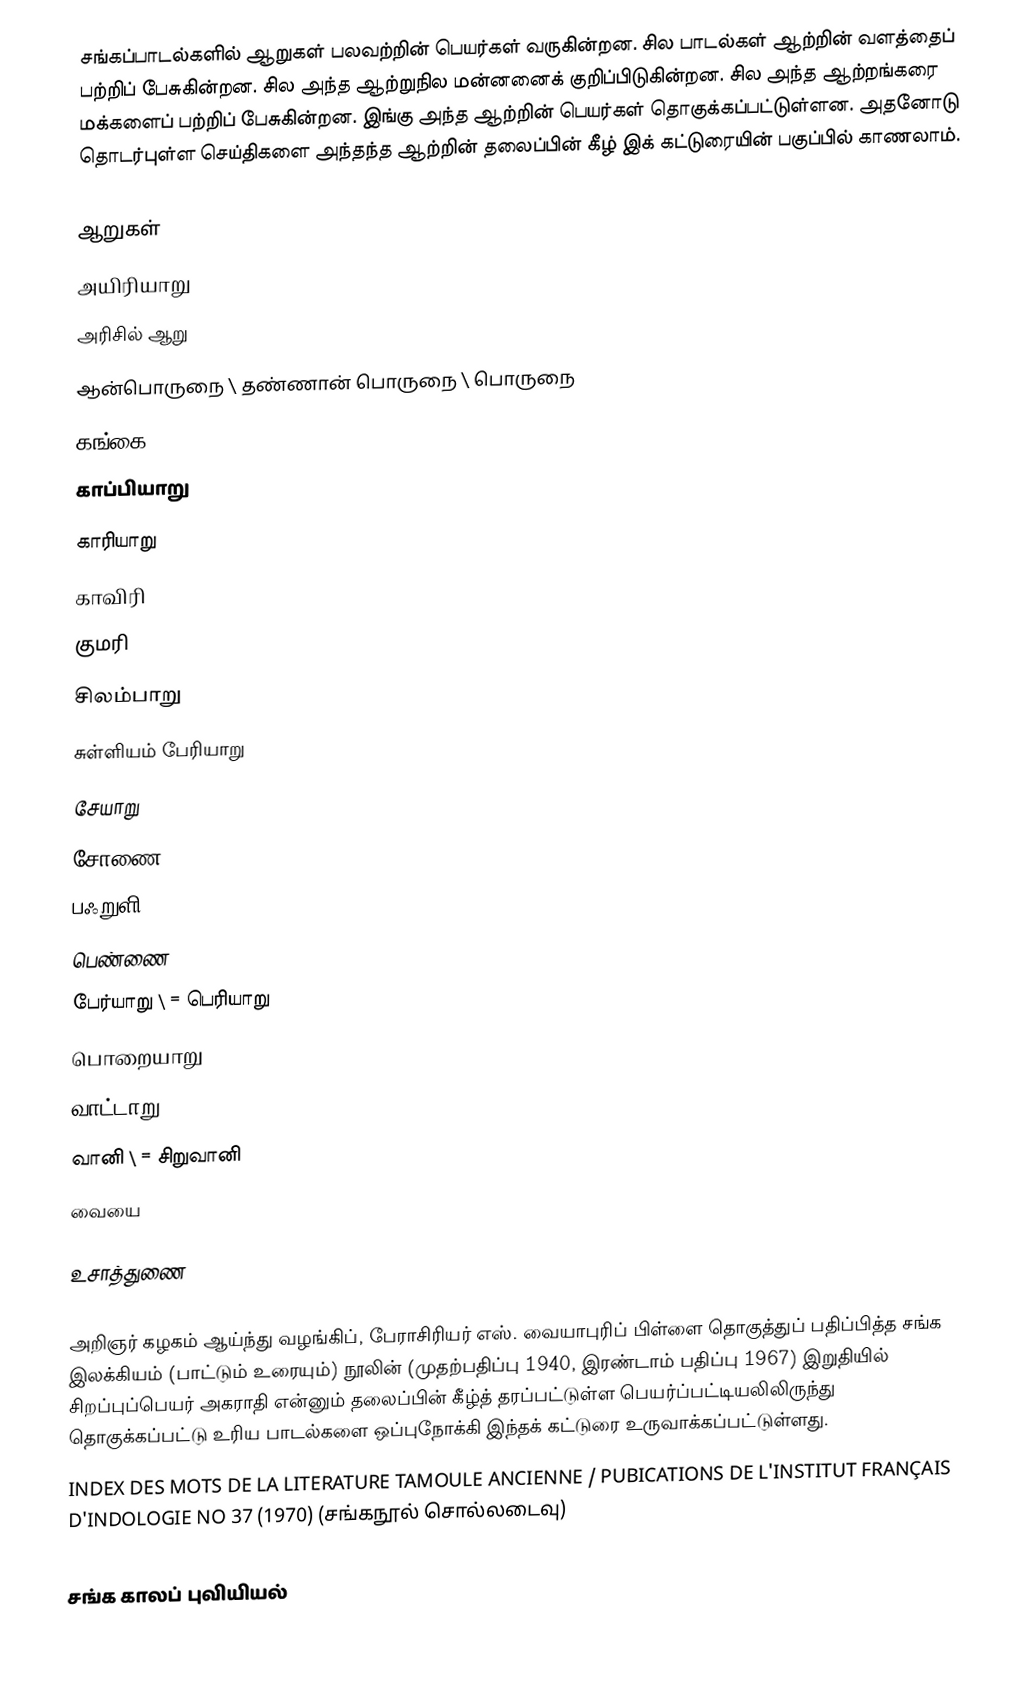
சங்கப்பாடல்களில் ஆறுகள் பலவற்றின் பெயர்கள் வருகின்றன. சில பாடல்கள் ஆற்றின் வளத்தைப் பற்றிப் பேசுகின்றன. சில அந்த ஆற்றுநில மன்னனைக் குறிப்பிடுகின்றன. சில அந்த ஆற்றங்கரை மக்களைப் பற்றிப் பேசுகின்றன. இங்கு அந்த ஆற்றின் பெயர்கள் தொகுக்கப்பட்டுள்ளன. அதனோடு தொடர்புள்ள செய்திகளை அந்தந்த ஆற்றின் தலைப்பின் கீழ் இக் கட்டுரையின் பகுப்பில் காணலாம்.

ஆறுகள்
 அயிரியாறு
 அரிசில் ஆறு
 ஆன்பொருநை \ தண்ணான் பொருநை \ பொருநை
 கங்கை
 காப்பியாறு
 காரியாறு
 காவிரி
 குமரி
 சிலம்பாறு
 சுள்ளியம் பேரியாறு
 சேயாறு
 சோணை
 பஃறுளி
 பெண்ணை
 பேர்யாறு \ = பெரியாறு
 பொறையாறு
 வாட்டாறு
 வானி \ = சிறுவானி
 வையை

உசாத்துணை

 அறிஞர் கழகம் ஆய்ந்து வழங்கிப், பேராசிரியர் எஸ். வையாபுரிப் பிள்ளை தொகுத்துப் பதிப்பித்த சங்க இலக்கியம் (பாட்டும் உரையும்) நூலின் (முதற்பதிப்பு 1940, இரண்டாம் பதிப்பு 1967) இறுதியில் சிறப்புப்பெயர் அகராதி என்னும் தலைப்பின் கீழ்த் தரப்பட்டுள்ள பெயர்ப்பட்டியலிலிருந்து தொகுக்கப்பட்டு உரிய பாடல்களை ஒப்புநோக்கி இந்தக் கட்டுரை உருவாக்கப்பட்டுள்ளது.
 INDEX DES MOTS DE LA LITERATURE TAMOULE ANCIENNE / PUBICATIONS DE L'INSTITUT FRANÇAIS D'INDOLOGIE NO 37 (1970) (சங்கநூல் சொல்லடைவு)

சங்க காலப் புவியியல்